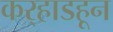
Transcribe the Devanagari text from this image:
कर्‍हाडहून